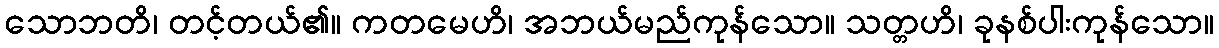
သောဘတိ၊ တင့်တယ်၏။ ကတမေဟိ၊ အဘယ်မည်ကုန်သော။ သတ္တဟိ၊ ခုနစ်ပါးကုန်သော။